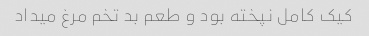
کیک کامل نپخته بود و طعم بد تخم مرغ میداد